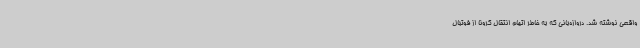
واقعی نوشته شد. دروازه‌بانی که به خاطر اتهام انتقال کرونا از فوتبال